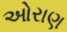
ઓરાણ